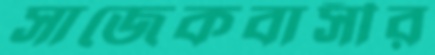
সাজেকবাসীর